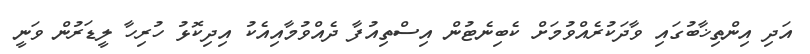
އަދި އިންތިޚާބުގައި ވާދަކުރެއްވުމަށް ކެބިނެޓުން އިސްތިއުފާ ދެއްވުމާއިއެކު އިދިކޮޅު ހުރިހާ ލީޑަރުން ވަނީ